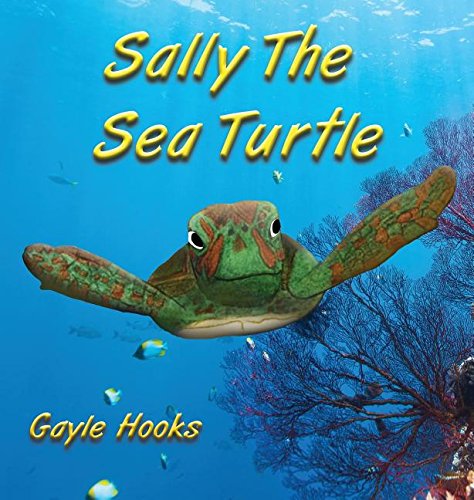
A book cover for Sally the Sea Turtle; Gayle Hooks; Children's Books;